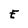
Character: E